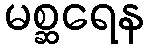
မစ္ဆရေန